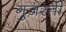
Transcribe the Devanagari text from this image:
गुज़रतीं